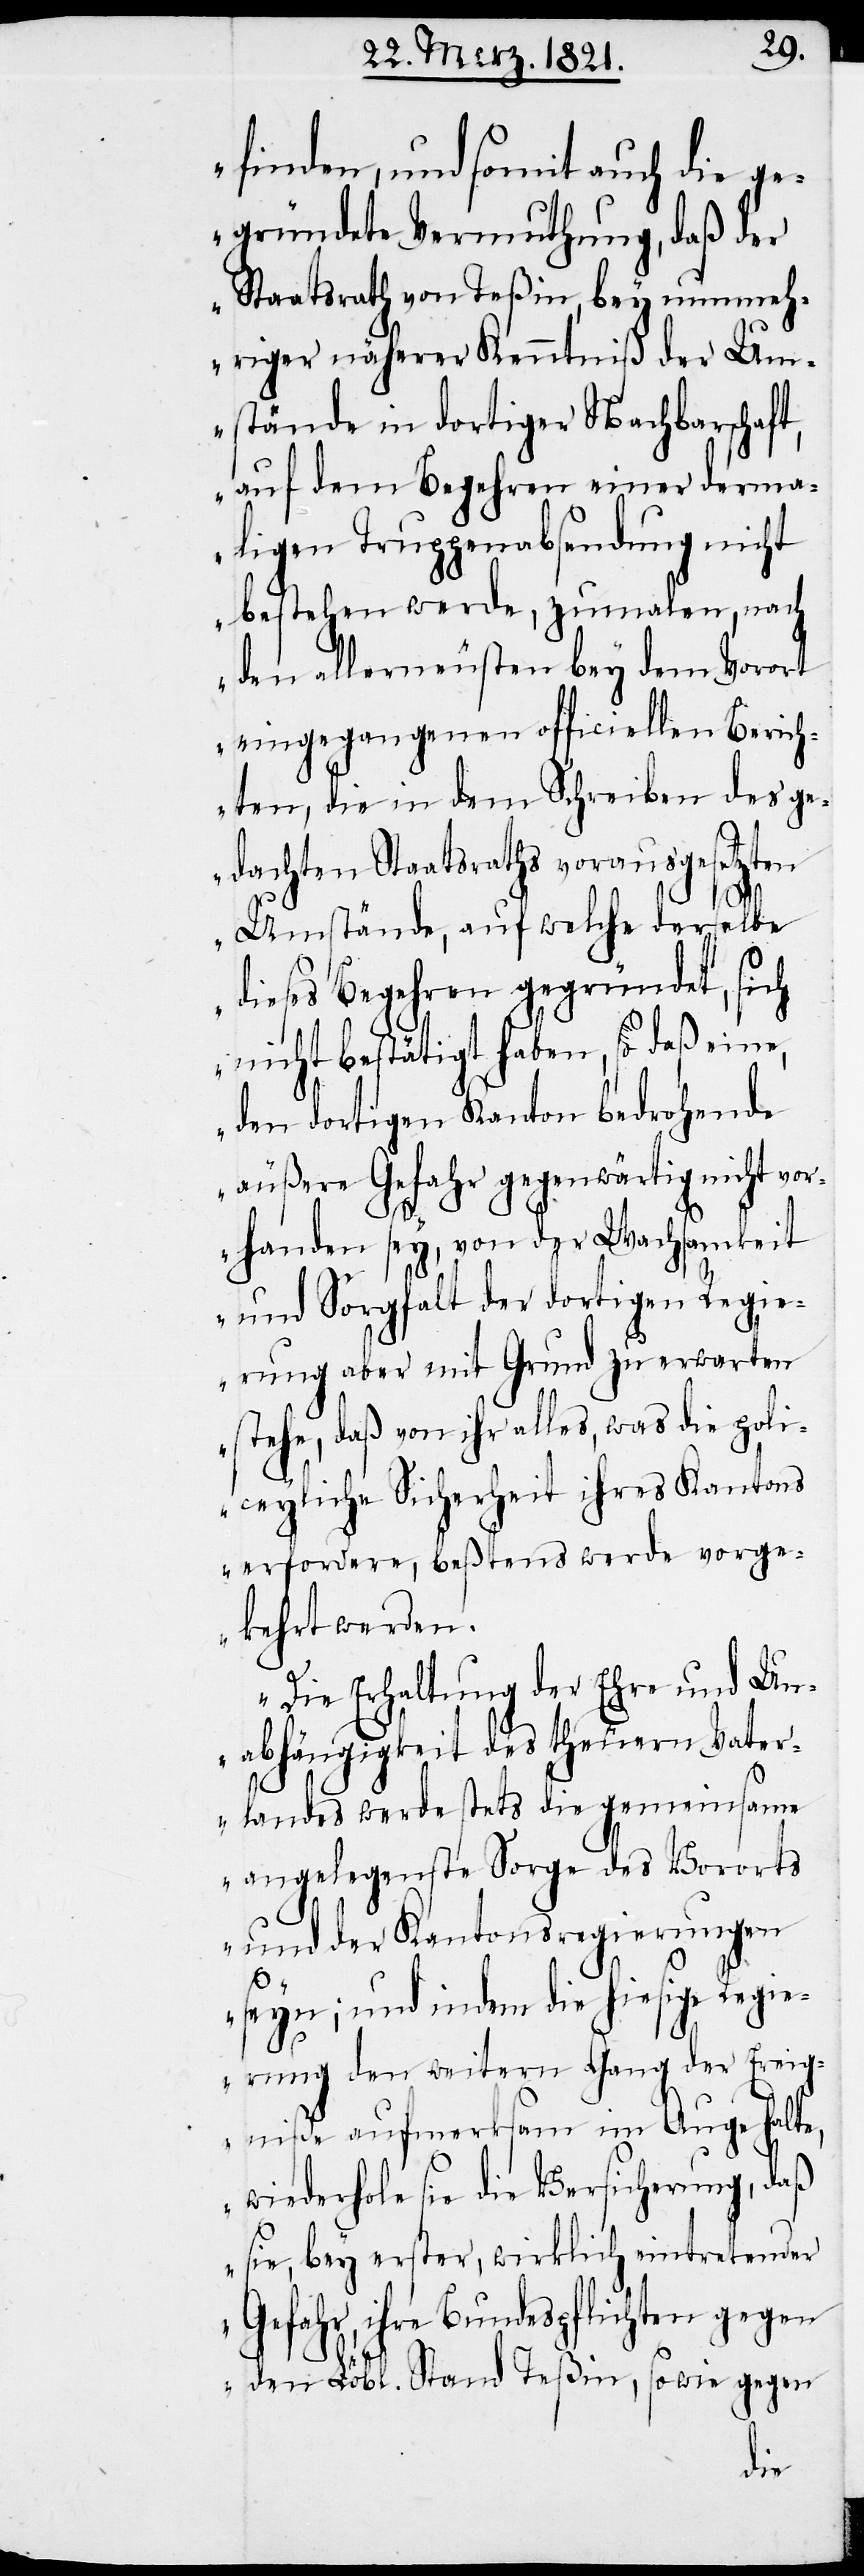
finden, und somit auch die ge¬
gründete Vermuthung, daß der
Staatsrath von Teßin, bey nunmeh¬
riger näherer Kenntniß der Um¬
stände in dortiger Nachbarschaft,
auf dem Begehren einer derma¬
ligen Truppenabsendung nicht
bestehen werde, zumalen, nach
den allerneusten bey dem Vorort
eingegangenen officiellen Berich¬
ten, die in dem Schreiben des ge¬
dachten Staatsraths vorausgesetzten
Umstände auf welche derselbe
dieses Begehren gegründet, sich
nicht bestätigt haben, so daß eine,
den dortigen Kanton bedrohende
äußere Gefahr gegenwärtig nicht vo¬
rhanden sey, von der Wachsamkeit
und Sorgfalt der dortigen Regie¬
rung aber mit Grund zu erwarten
stehe, daß von ihr alles, was die poli¬
ceyliche Sicherheit ihres Kantons
erfordere, beßtens werde vorge¬
kehrt werden.
Die Erhaltung der Ehre und Un¬
abhängigkeit des theuern Vater¬
landes werde stets die gemeinsame
angelegenste Sorge des Vororts
und der Kantonsregierungen
seyn; und indem die hiesige Regie¬
rung den weitern Gang der Ereig¬
niße aufmerksam im Auge halte,
wiederhole sie die Versicherung, daß
sie, bey erster, wirklich eintretender
Gefahr, ihre Bundespflichten gegen
den Löbl. Stand Teßin, sowie gegen